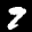
Label: 9